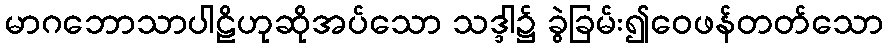
မာဂဘောသာပါဠိဟုဆိုအပ်သော သဒ္ဒါ၌ ခွဲခြမ်း၍ဝေဖန်တတ်သော